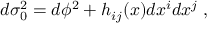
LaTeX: d \sigma _ { 0 } ^ { 2 } = d \phi ^ { 2 } + h _ { i j } ( x ) d x ^ { i } d x ^ { j } \; ,